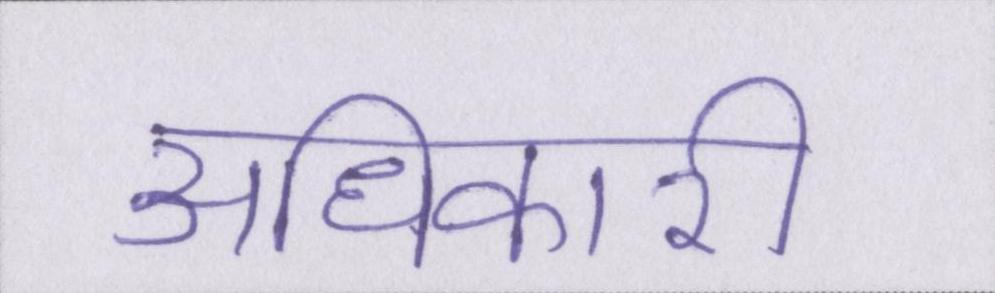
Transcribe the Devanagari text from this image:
अधिकारी